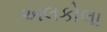
અલકોલા